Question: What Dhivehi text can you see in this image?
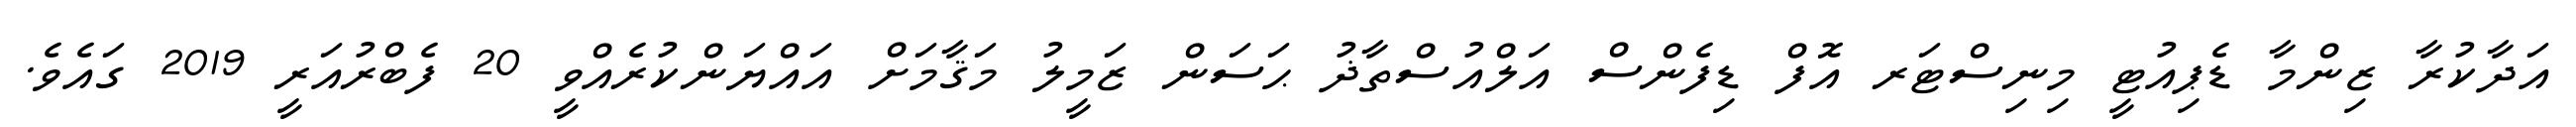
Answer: އަދާކުރާ ޒިންމާ ޑެޕިއުޓީ މިނިސްޓަރ އޮފް ޑިފެންސް އަލްއުސްތާޛު ޙަސަން ޒަމީލު މަޤާމަށް އައްޔަންކުރެއްވީ 20 ފެބްރުއަރީ 2019 ގައެވެ.